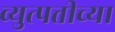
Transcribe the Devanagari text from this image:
व्युत्पत्तीच्या